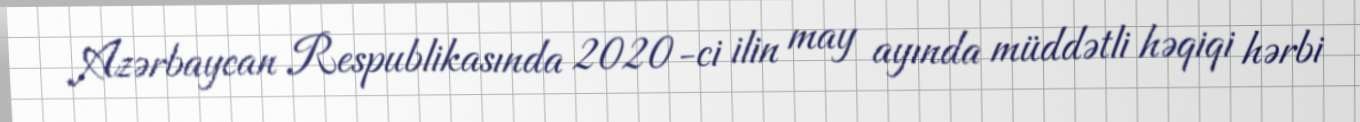
Azərbaycan Respublikasında 2020-ci ilin may ayında müddətli həqiqi hərbi